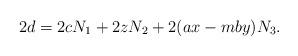
LaTeX: \begin{align*}2d = 2cN_1 + 2zN_2 +2(ax-mby)N_3.\end{align*}